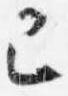
己